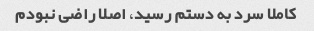
کاملا سرد به دستم رسید، اصلا راضی نبودم